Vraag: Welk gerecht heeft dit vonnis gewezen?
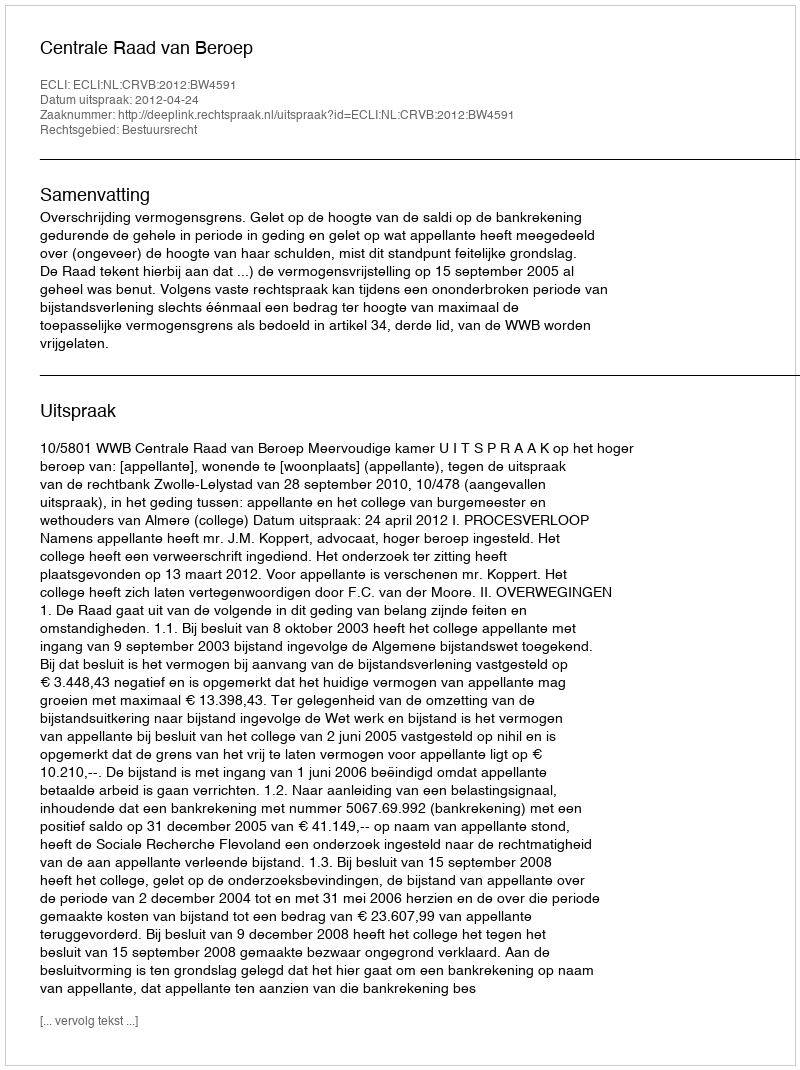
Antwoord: Centrale Raad van Beroep